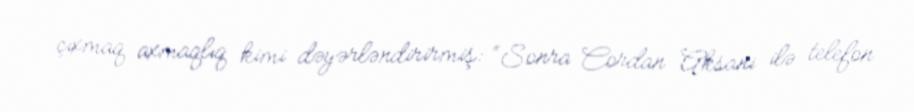
çıxmaq axmaqlıq kimi dəyərləndirirmiş: “Sonra Cordan Aksani ilə telefon